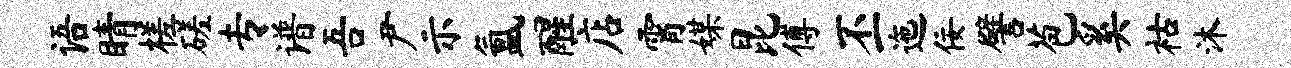
语睛槎磋专谱吾尹示氲醒店霄媒昆傅丕迤佞譬苞奚祜沐